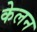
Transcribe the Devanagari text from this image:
केलन